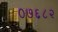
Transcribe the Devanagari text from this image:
०७६८२